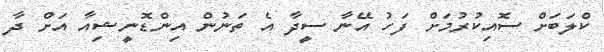
ކްލަބަށް ސޮއިކުރުމަށް ފަހު އޭނާ ސީދާ އެ ތަނުން އިންޑޮނީޝިއާ އަށް ދާ